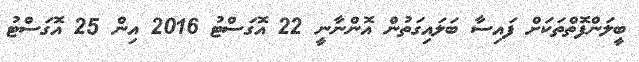
ބީލަންފޮތްތަކަށް ފައިސާ ބަލައިގަތުން އޮންނާނީ 22 އޮގަސްޓު 2016 އިން 25 އޮގަސްޓު